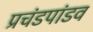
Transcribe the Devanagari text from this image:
प्रचंडपांडव